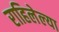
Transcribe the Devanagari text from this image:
राहिलेल्‍या